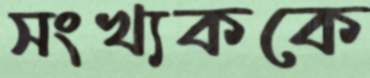
সংখ্যককে